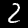
Digit: 2